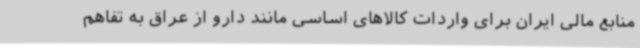
منابع مالی ایران برای واردات کالاهای اساسی مانند دارو از عراق به تفاهم